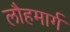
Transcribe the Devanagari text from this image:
लौहमार्ग